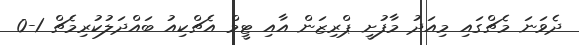
ދެވަނަ މެޗްގައި މިއަދު މާފުށީ ޕްރިޒަން އާއި ޓީމް އެޗްކިއު ބައްދަލުކުރިމެޗް 1-0